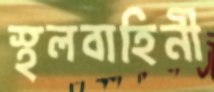
স্থলবাহিনী